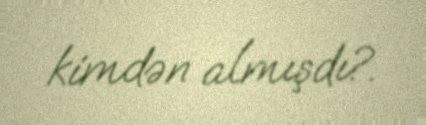
kimdən almışdı?.